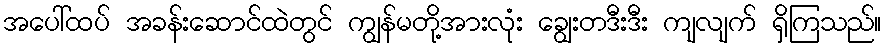
အပေါ်ထပ် အခန်းဆောင်ထဲတွင် ကျွန်မတို့အားလုံး ချွေးတဒီးဒီး ကျလျက် ရှိကြသည်။